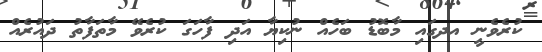
ކުރެވެނީ އދގައި މާބޮޑު ބަހެއް ނުކިޔާ އަދި ފާހަގަ ކުރެވޭ މާތަފާތު ދައުރެއް